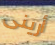
أرينى